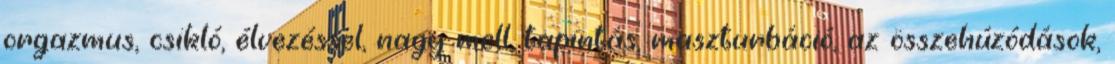
orgazmus, csikló, élvezéssel, nagy mell, tapintás, maszturbáció, az összehúzódások,